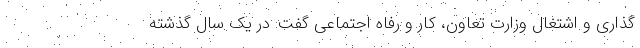
گذاری و اشتغال وزارت تعاون، کار و رفاه اجتماعی گفت: در یک سال گذشته